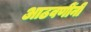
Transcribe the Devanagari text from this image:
आठवणींनी